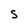
Character: s